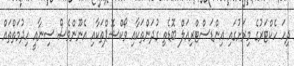
ދިހަ ހެކްޓަރުގެ މިރަށުގައި އިންޑަސްޓްރިއަލް ބޮޑެތި ގުދަންތަކާއި ވޯކްޝޮޕްތަކާއި އެނޫންވެސް ސިނާއީ ހިދުމަތްތައް